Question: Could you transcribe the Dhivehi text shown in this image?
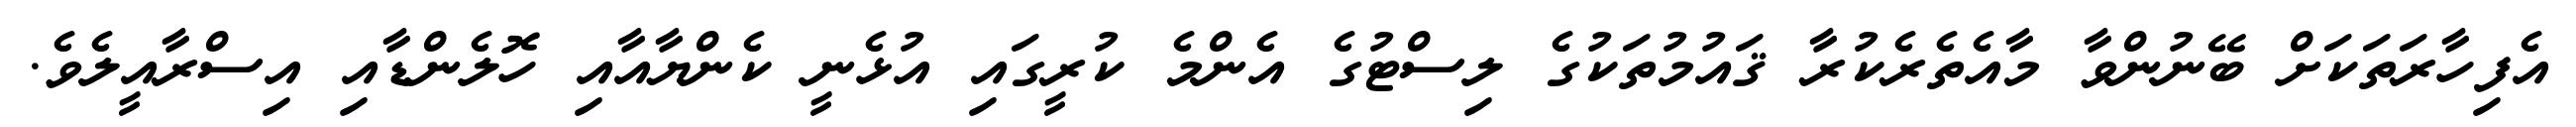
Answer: އެފިހާރަތަކަށް ބޭނުންވާ މާއެތެރެކުރާ ޤައުމުތަކުގެ ލިސްޓުގެ އެންމެ ކުރީގައި އުޅެނީ ކެންޔާއާއި ހޮލެންޑާއި އިސްރާއީލެވެ.